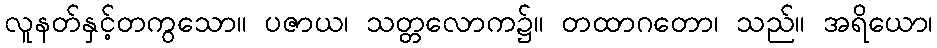
လူနတ်နှင့်တကွသော။ ပဇာယ၊ သတ္တလောက၌။ တထာဂတော၊ သည်။ အရိယော၊